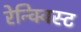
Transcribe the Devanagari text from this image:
रेन्क्विस्ट